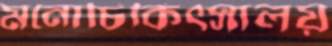
মনোচিকিত্সালয়